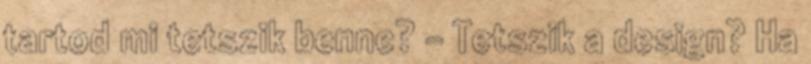
tartod mi tetszik benne? - Tetszik a design? Ha